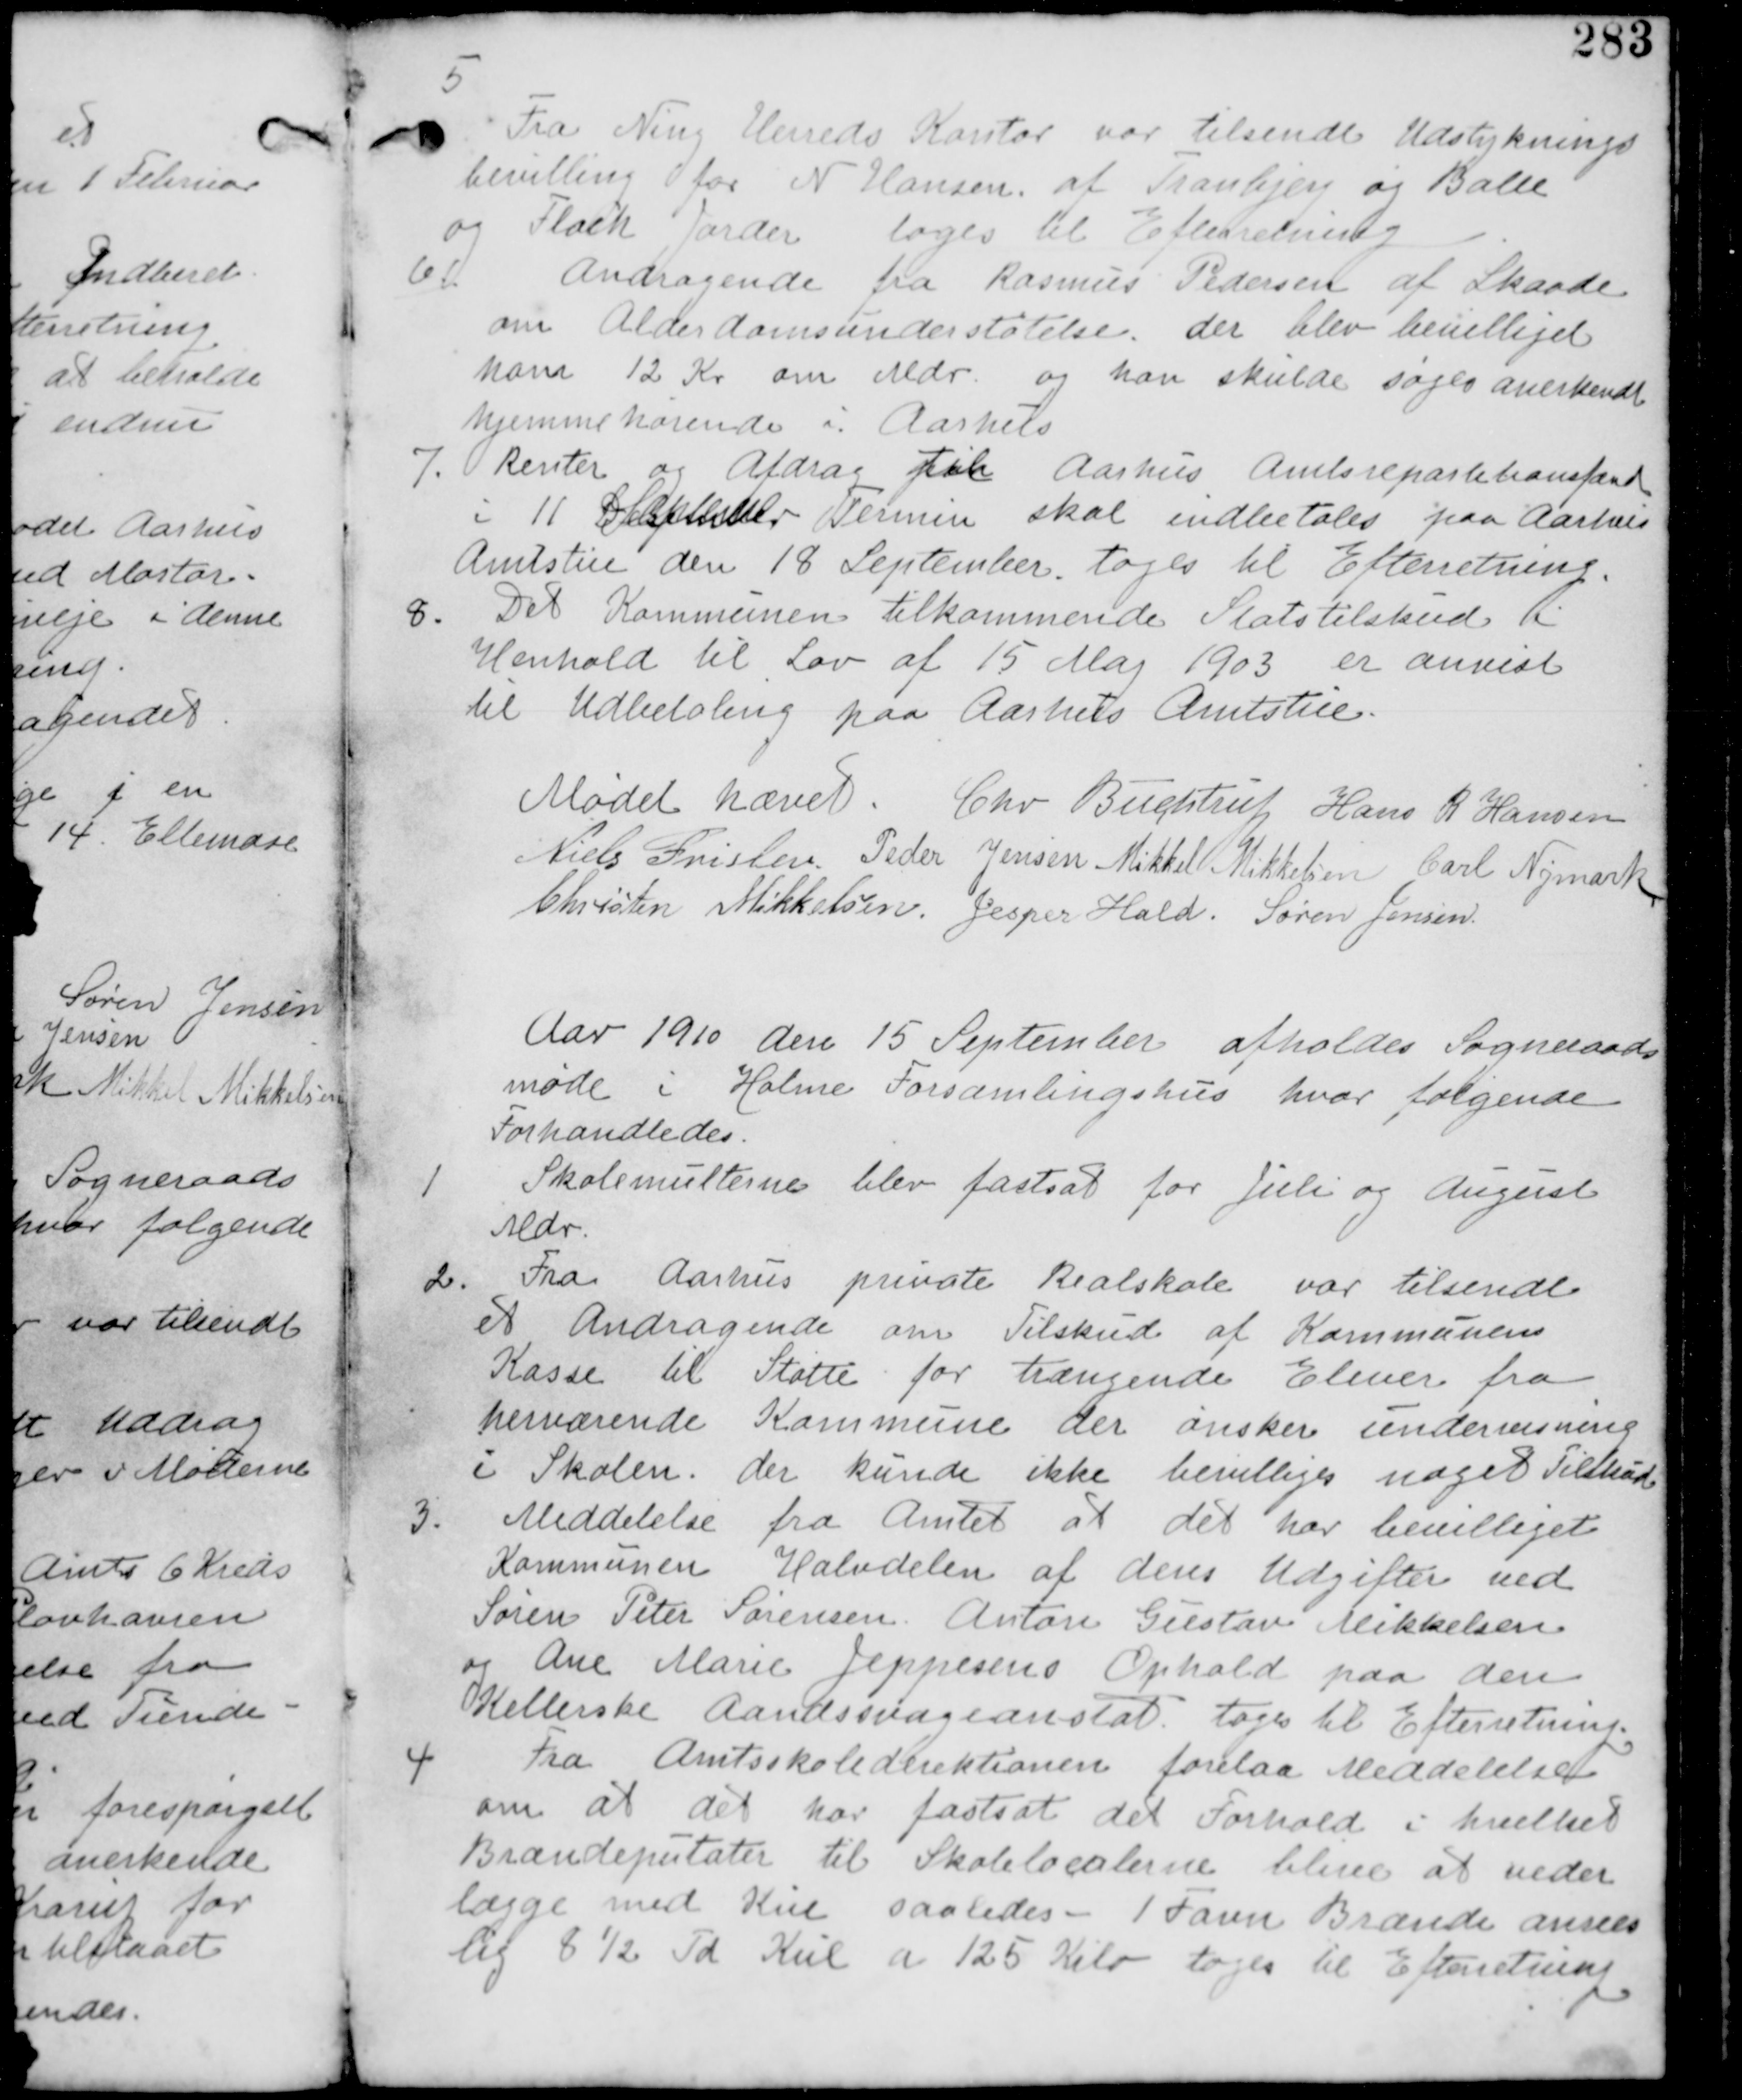
Transskription:
5
Fra Ning Herreds Kontor var tilsendt Udstyknings
bevilling for N Hansen af Tranbjerg og Balle
og Flack Jorder tages til Efterretning

6. Andragende fra Rasmus Pedersen af Skaade
om Alderdomsunderstøttelse. der blev bevilliget
ham 12 Kr om Mdr og han skulde søges anerkendt
hjemmehørende i Aarhus

7. Renter og Afdrag til Aarhus Amtsrepartifond
i 11  Termin skal indbetales paa Aarhus
Amtstue den 18 September. tages til Efterretning.

8. Det Kommunens tilkommende Statstilskud i
Henhold til Lov af 15 Maj 1903 er anvist
til Udbetaling paa Aarhus Amtstue.

Mødet hævet. Chr Buchtrup Hans R Hansen
Niels Frislev Peder Jensen Mikkel Mikkelsen Carl Nymark
Christian Mikkelsen Jesper Hald Søren Jensen

Aar 1910 den 15 September afholdes Sogneraads-
møde i Holme Forsamlingshus hvor følgende
Forhandledes.

1.
Skolemulterne blev fastsat for Juli og August
Mdr.

2. Fra Aarhus private Realskole var tilsendt
et Andragende om Tilskud af Kommunens
Kasse til Støtte for trængende Elever fra
herværende Kommune der ønsker undervisning
i Skolen. der kunde ikke bevilliges noget Tilskud.

3. Meddelelse fra Amtet at det har bevilliget
Kommunen Halvdelen af dens Udgifter ved
Søren Peter Sørensen Anton Gustav Mikkelsen
og Ane Marie Jeppesenns Ophold paa den
Kellerske Aandsvageanstalt. tages til Efterretning.

4
Fra Amtsskoledirektionen forelaa Meddelelse
om at det har fastsat det forhold i hvilket
Brændeputater til Skolelocalerne blive at veder
lægge med Kul saaledes - 1 Faun Brænde ansees
lig 8½ Td Kul a 125 Kilo tages til Efterretning.